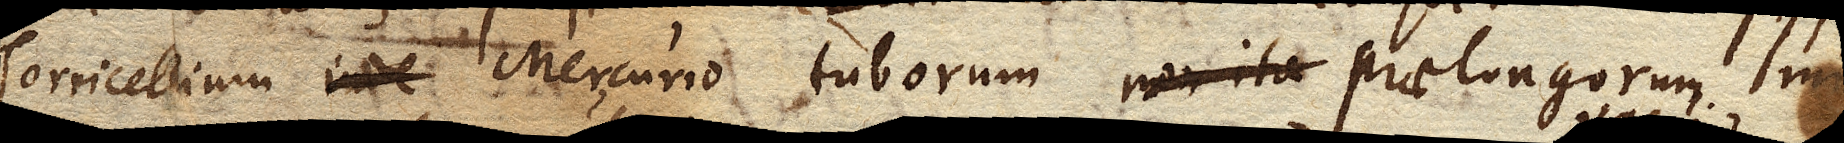
Torricellium Mercurio tuborum non ita praelongorum minus